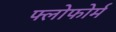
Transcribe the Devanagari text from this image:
फ्लोफोर्म